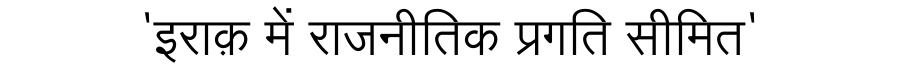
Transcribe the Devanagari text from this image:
'इराक़ में राजनीतिक प्रगति सीमित'